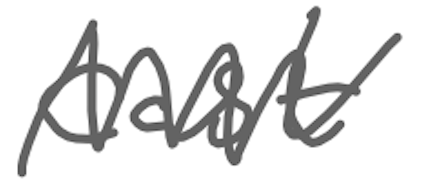
Text: cast
Cross-out: zig-zag
Writing tool: digital_gray